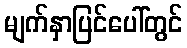
မျက်နှာပြင်ပေါ်တွင်